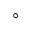
^ \circ